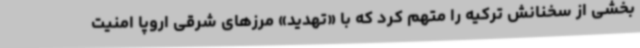
بخشی از سخنانش ترکیه را متهم کرد که با «تهدید» مرزهای شرقی اروپا امنیت